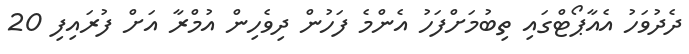
ދެދުވަހު އެއާޕޯޓްގައި ތިބުމަށްފަހު އެންމެ ފަހުން ދިވެހިން އުމްރާ އަށް ފުރައިފި 20